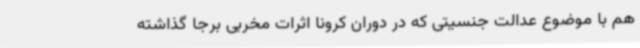
هم با موضوع عدالت جنسیتی که در دوران کرونا اثرات مخربی برجا گذاشته